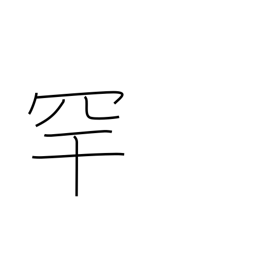
Meaning: bird-catching net